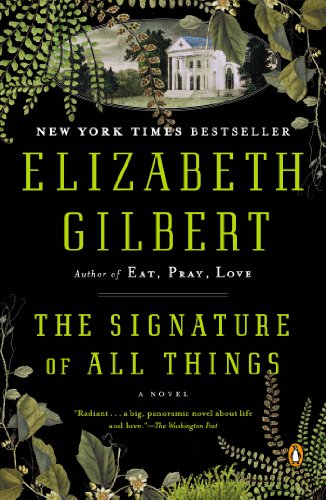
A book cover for The Signature of All Things: A Novel; Elizabeth Gilbert; Literature & Fiction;